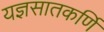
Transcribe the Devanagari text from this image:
यज्ञसातकर्णि